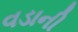
વડાની